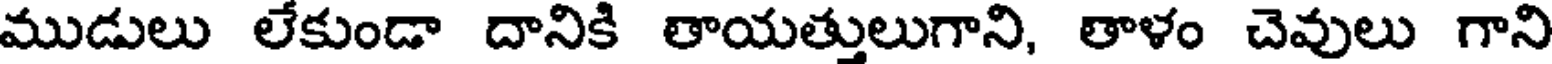
ముడులు లేకుండా దానికి తాయత్తులుగాని, తాళం చెవులు గాని